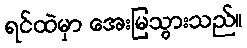
ရင်ထဲမှာ အေးမြသွားသည်။